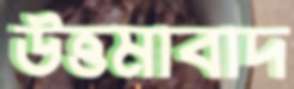
উত্তমাবাদ